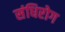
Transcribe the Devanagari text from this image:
संधिरोग